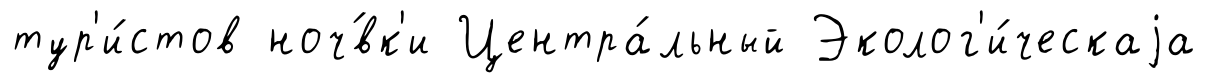
тур'и́стов ноч́вк'и Центра́льный Эколог'и́ческаjа